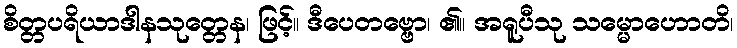
စိတ္တပရိယာဒါနသုတ္တေန၊ ဖြင့်။ ဒီပေတဗ္ဗော၊ ၏။ အရူပီသု သမ္မောဟောတိ၊